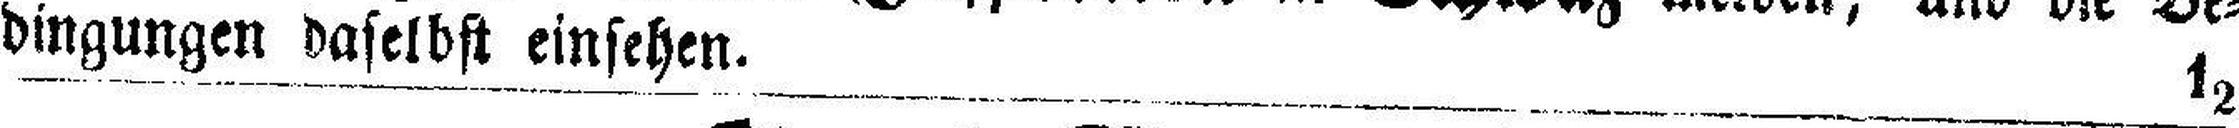
dingungen daselbst einsehen. 12